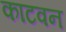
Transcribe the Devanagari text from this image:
काटवन